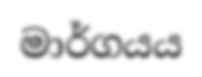
මාර්ගයය